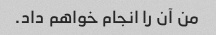
من آن را انجام خواهم داد.